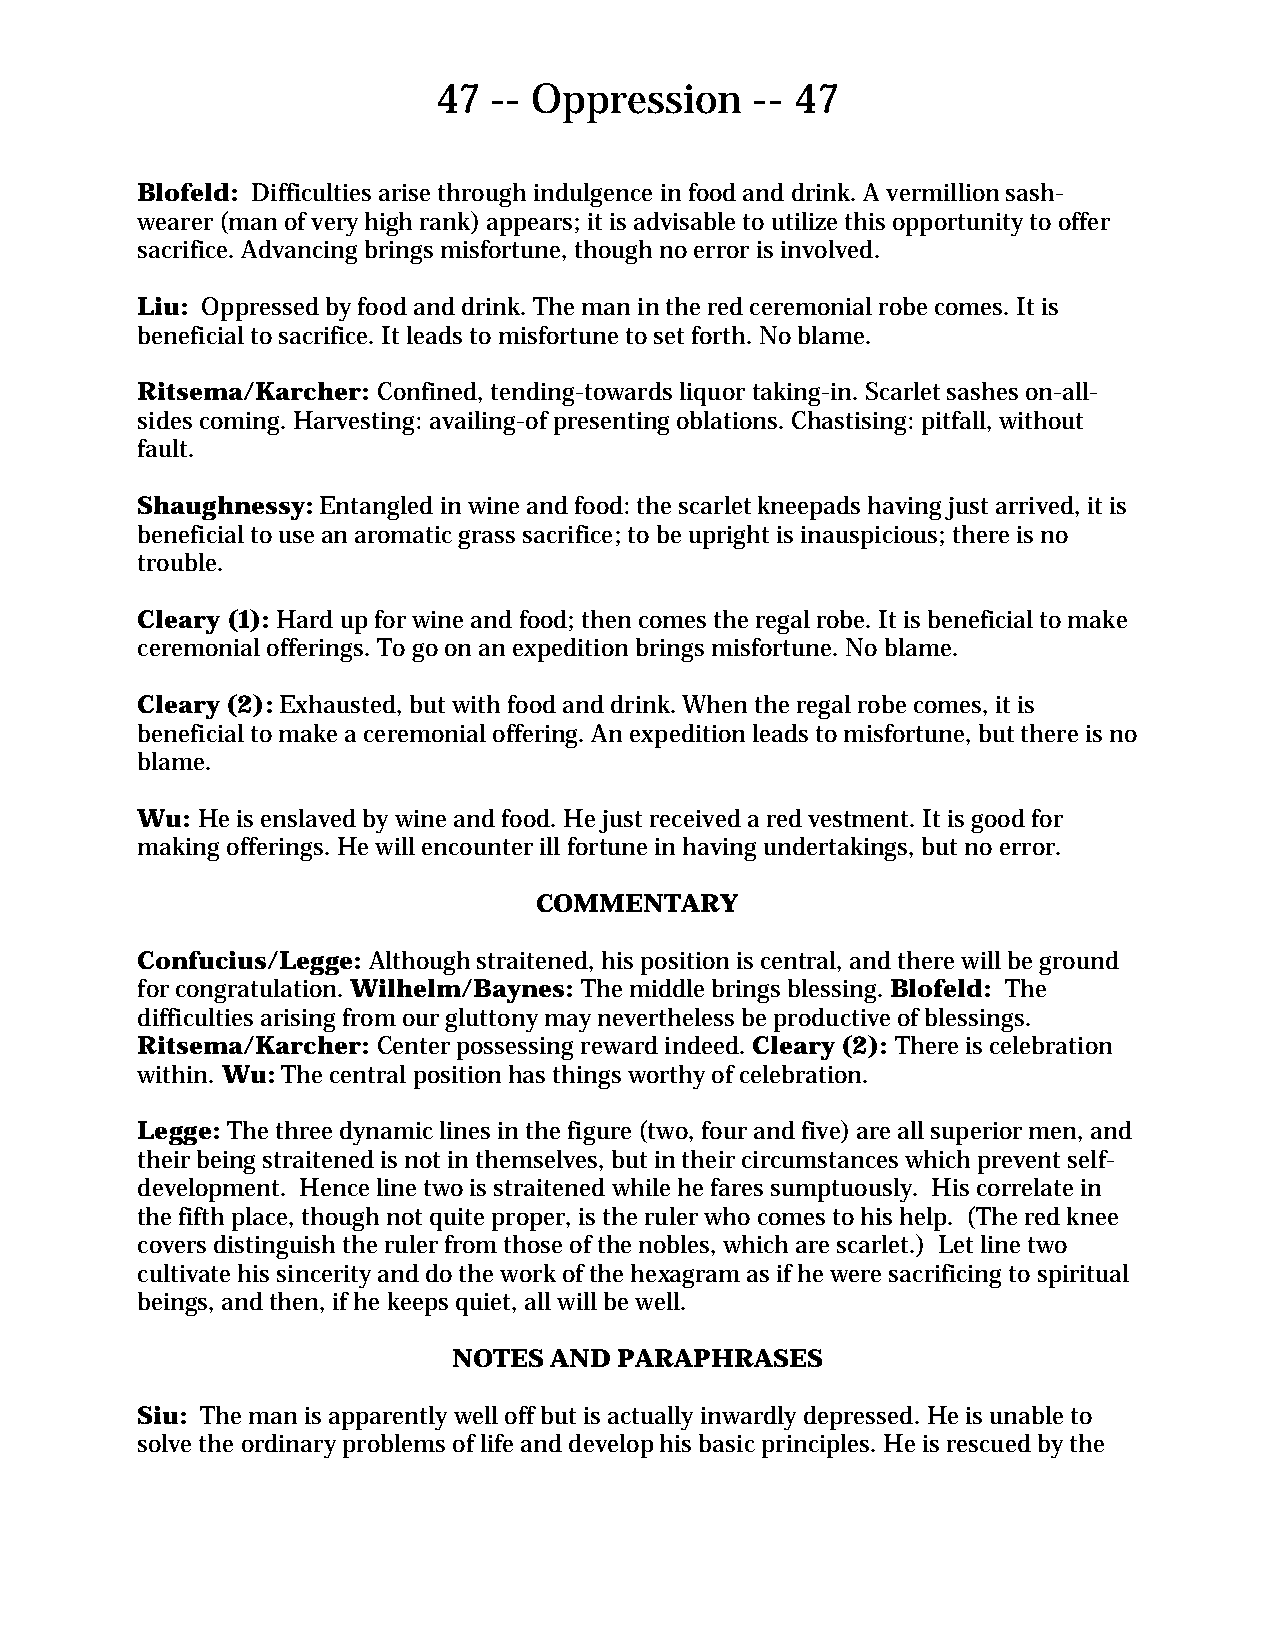
47 -- Oppression     -- 47
 Blofeld: Difficulties arise through indulgence in food and drink. A vermillion sash-
 wearer (man of very high rank) appears; it is advisable to utilize this opportunity to offer
 sacrifice. Advancing brings misfortune, though no error is involved.
 Liu: Oppressed by food and drink. The man in the red ceremonial robe comes. It is
 beneficial to sacrifice. It leads to misfortune to set forth. No blame.
 Ritsema/Karcher: Confined, tending-towards liquor taking-in. Scarlet sashes on-all-
 sides coming. Harvesting: availing-of presenting oblations. Chastising: pitfall, without
 fault.
 Shaughnessy: Entangled in wine and food: the scarlet kneepads having just arrived, it is
 beneficial to use an aromatic grass sacrifice; to be upright is inauspicious; there is no
 trouble.
 Cleary (1): Hard up for wine and food; then comes the regal robe. It is beneficial to make
 ceremonial offerings. To go on an expedition brings misfortune. No blame.
 Cleary (2): Exhausted, but with food and drink. When the regal robe comes, it is
 beneficial to make a ceremonial offering. An expedition leads to misfortune, but there is no
 blame.
 Wu: He is enslaved by wine and food. He just received a red vestment. It is good for
 making offerings. He will encounter ill fortune in having undertakings, but no error.
 COMMENTARY
 Confucius/Legge: Although straitened, his position is central, and there will be ground
 for congratulation. Wilhelm/Baynes: The middle brings blessing. Blofeld: The
 difficulties arising from our gluttony may nevertheless be productive of blessings.
 Ritsema/Karcher: Center possessing reward indeed. Cleary (2): There is celebration
 within. Wu: The central position has things worthy of celebration.
 Legge: The three dynamic lines in the figure (two, four and five) are all superior men, and
 their being straitened is not in themselves, but in their circumstances which prevent self-
 development. Hence line two is straitened while he fares sumptuously. His correlate in
 the fifth place, though not quite proper, is the ruler who comes to his help. (The red knee
 covers distinguish the ruler from those of the nobles, which are scarlet.) Let line two
 cultivate his sincerity and do the work of the hexagram as if he were sacrificing to spiritual
 beings, and then, if he keeps quiet, all will be well.
 NOTES AND  PARAPHRASES
 Siu: The man is apparently well off but is actually inwardly depressed. He is unable to
 solve the ordinary problems of life and develop his basic principles. He is rescued by the